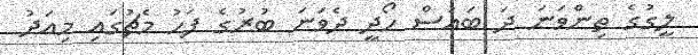
ލީގުގެ ތިންވަނަ ދަ ބައުސް ހޯދީ ދެވަނަ ބުރުގެ ފަހު މެޗުގައި މިއަދު